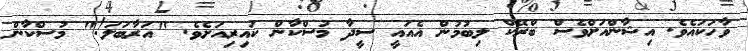
ވާހަކައެވެ. އިޝާންއަށްވެސް ބްރޭކް ލިބުމުން އެއައީ ސީދާ މުސްކާން ކައިރިއަށެވެ. "އަރާބަލަ!" މުސްކާން